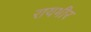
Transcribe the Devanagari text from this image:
रायभीर